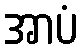
အာပံ